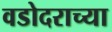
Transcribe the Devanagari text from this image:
वडोदराच्या